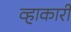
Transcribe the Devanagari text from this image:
व्हाकारी